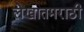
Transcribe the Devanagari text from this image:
लेखातमराठी